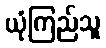
ယုံကြည်သူ